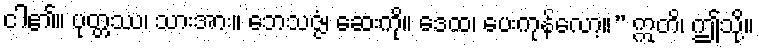
ငါ၏။ ပုတ္တဿ၊ သားအား။ ဘေသဇ္ဇံ၊ ဆေးကို။ ဒေထ၊ ပေးကုန်လော့။” ဣတိ၊ ဤသို့။